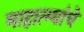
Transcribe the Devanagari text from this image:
माहात्म्यांचे